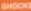
SHOCKS